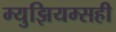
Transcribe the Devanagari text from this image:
म्युझियम्सही